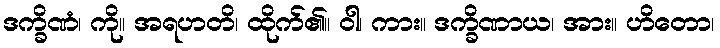
ဒက္ခိဏံ၊ ကို။ အရဟတိ၊ ထိုက်၏။ ဝါ၊ ကား။ ဒက္ခိဏာယ၊ အား။ ဟိတော၊